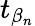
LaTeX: t_{\beta_{n}}